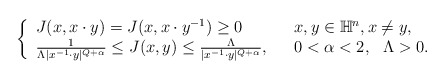
\begin{align*} \left\{ \begin{array}{ll} J(x,x\cdot y)=J(x,x\cdot y^{-1})\geq0~~&x,y\in \mathbb{H}^n , x\neq y,\\ \frac{1}{\Lambda|x^{-1}\cdot y|^{Q+\alpha}}\leq J(x,y)\leq \frac{\Lambda}{|x^{-1}\cdot y|^{Q+\alpha}},~~&0<\alpha<2, ~~\Lambda>0. \end{array} \right.\end{align*}